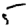
Digit: 5